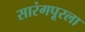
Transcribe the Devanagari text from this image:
सारंगपूरला